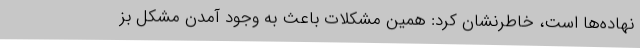
نهاده‌ها است، خاطرنشان کرد: همین مشکلات باعث به وجود آمدن مشکل بز